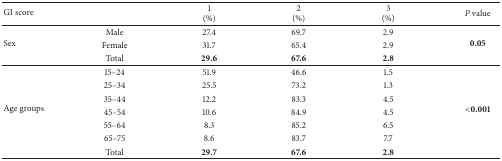
| GI score |  | 1(%) | 2(%) | 3(%) | P value |
 | --- | --- | --- | --- | --- | --- |
 | <ROWSPAN=3> Sex | Male | 27.4 | 69.7 | 2.9 | <ROWSPAN=3> 0.05 |
 | Female | 31.7 | 65.4 | 2.9 |
 | Total | 29.6 | 67.6 | 2.8 |
 | <ROWSPAN=7> Age groups | 15–24 | 51.9 | 46.6 | 1.5 | <ROWSPAN=7> <0.001 |
 | 25–34 | 25.5 | 73.2 | 1.3 |
 | 35–44 | 12.2 | 83.3 | 4.5 |
 | 45–54 | 10.6 | 84.9 | 4.5 |
 | 55–64 | 8.3 | 85.2 | 6.5 |
 | 65–75 | 8.6 | 83.7 | 7.7 |
 | Total | 29.7 | 67.6 | 2.8 |